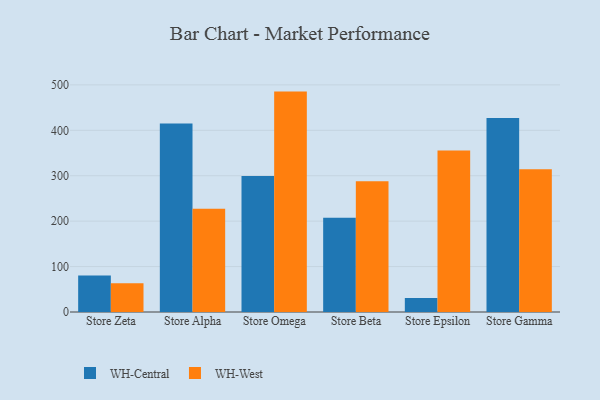
{"axis": {"x": "Store", "y": "Page Views"}, "legend": ["WH-Central", "WH-West"], "data": [{"x": "Store Zeta", "y": 80.3, "type": "WH-Central"}, {"x": "Store Zeta", "y": 63.2, "type": "WH-West"}, {"x": "Store Alpha", "y": 415.1, "type": "WH-Central"}, {"x": "Store Alpha", "y": 227.4, "type": "WH-West"}, {"x": "Store Omega", "y": 299.5, "type": "WH-Central"}, {"x": "Store Omega", "y": 485.2, "type": "WH-West"}, {"x": "Store Beta", "y": 207.5, "type": "WH-Central"}, {"x": "Store Beta", "y": 287.7, "type": "WH-West"}, {"x": "Store Epsilon", "y": 30.7, "type": "WH-Central"}, {"x": "Store Epsilon", "y": 355.3, "type": "WH-West"}, {"x": "Store Gamma", "y": 427.3, "type": "WH-Central"}, {"x": "Store Gamma", "y": 314.0, "type": "WH-West"}]}